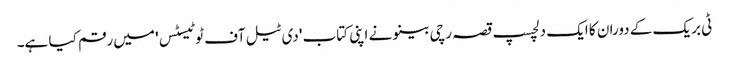
ٹی بریک کے دوران کا ایک دلچسپ قصہ رچی بینو نے اپنی کتاب 'دی ٹیل آف ٹو ٹیسٹس' میں رقم کیا ہے۔